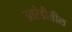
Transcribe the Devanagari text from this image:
उतरंडीतील